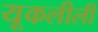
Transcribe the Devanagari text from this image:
यूकलीली